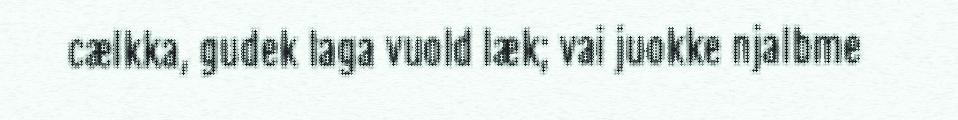
cælkka, gudek laga vuold læk; vai juokke njalbme